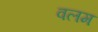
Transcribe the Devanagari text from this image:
वलम